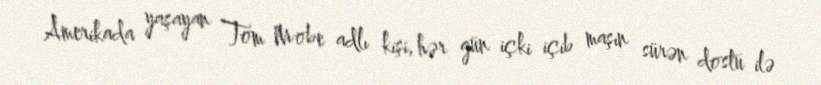
Amerikada yaşayan Tom Mobe adlı kişi, hər gün içki içib maşın sürən dostu ilə